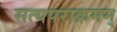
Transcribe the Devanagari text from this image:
सत्यपराक्रमम्